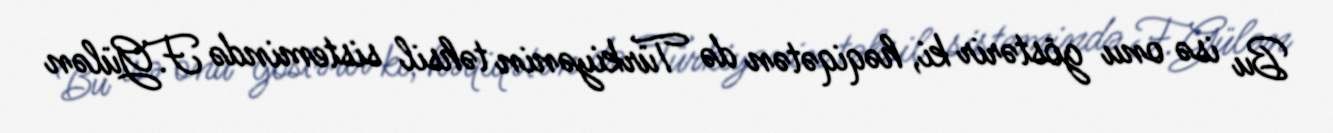
Bu isə onu göstərir ki, həqiqətən də Türkiyənin təhsil sistemində F.Gülən